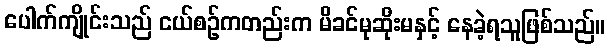
ပေါက်ကျိုင်းသည် ငယ်စဉ်ကတည်းက မိခင်မုဆိုးမနှင့် နေခဲ့ရသူဖြစ်သည်။